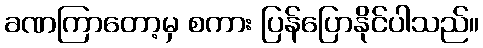
ခဏကြာတော့မှ စကား ပြန်ပြောနိုင်ပါသည်။